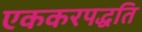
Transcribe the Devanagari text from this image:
एककरपद्धति